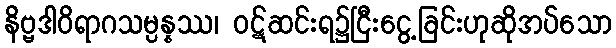
နိဗ္ဗဒါဝိရာဂသမ္ပန္နဿ၊ ဝဋ်ဆင်းရ၌ငြီးငွေ့ခြင်းဟုဆိုအပ်သော